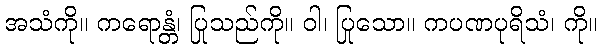
အသံကို။ ကရောန္တံ၊ ပြုသည်ကို။ ဝါ၊ ပြုသော။ ကပဏပုရိသံ၊ ကို။